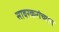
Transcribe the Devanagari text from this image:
सावरकरांच्याच